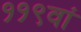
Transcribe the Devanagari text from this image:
११९वां